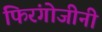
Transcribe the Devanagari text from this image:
फिरंगोजीनी